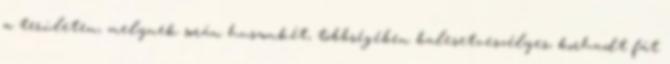
a területen, melynek során huszonkét, többségében balesetveszélyes, korhadt fát